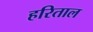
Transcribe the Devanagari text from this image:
हरिताल